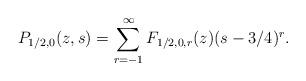
LaTeX: \begin{align*}P_{1/2,0}(z,s) = \sum_{r = -1}^{\infty}F_{1/2,0,r}(z)(s-3/4)^r.\end{align*}